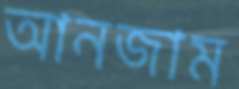
আনজাম